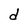
Character: d